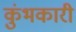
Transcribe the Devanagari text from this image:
कुंभकारी